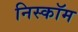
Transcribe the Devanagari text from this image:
निस्कॉम